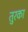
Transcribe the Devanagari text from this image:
तुरका